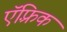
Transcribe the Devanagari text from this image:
ऍफ़्रिक